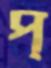
প্